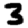
Digit: 3